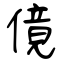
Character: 傹